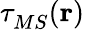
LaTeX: \tau_{MS}^{}(\mathbf{r})